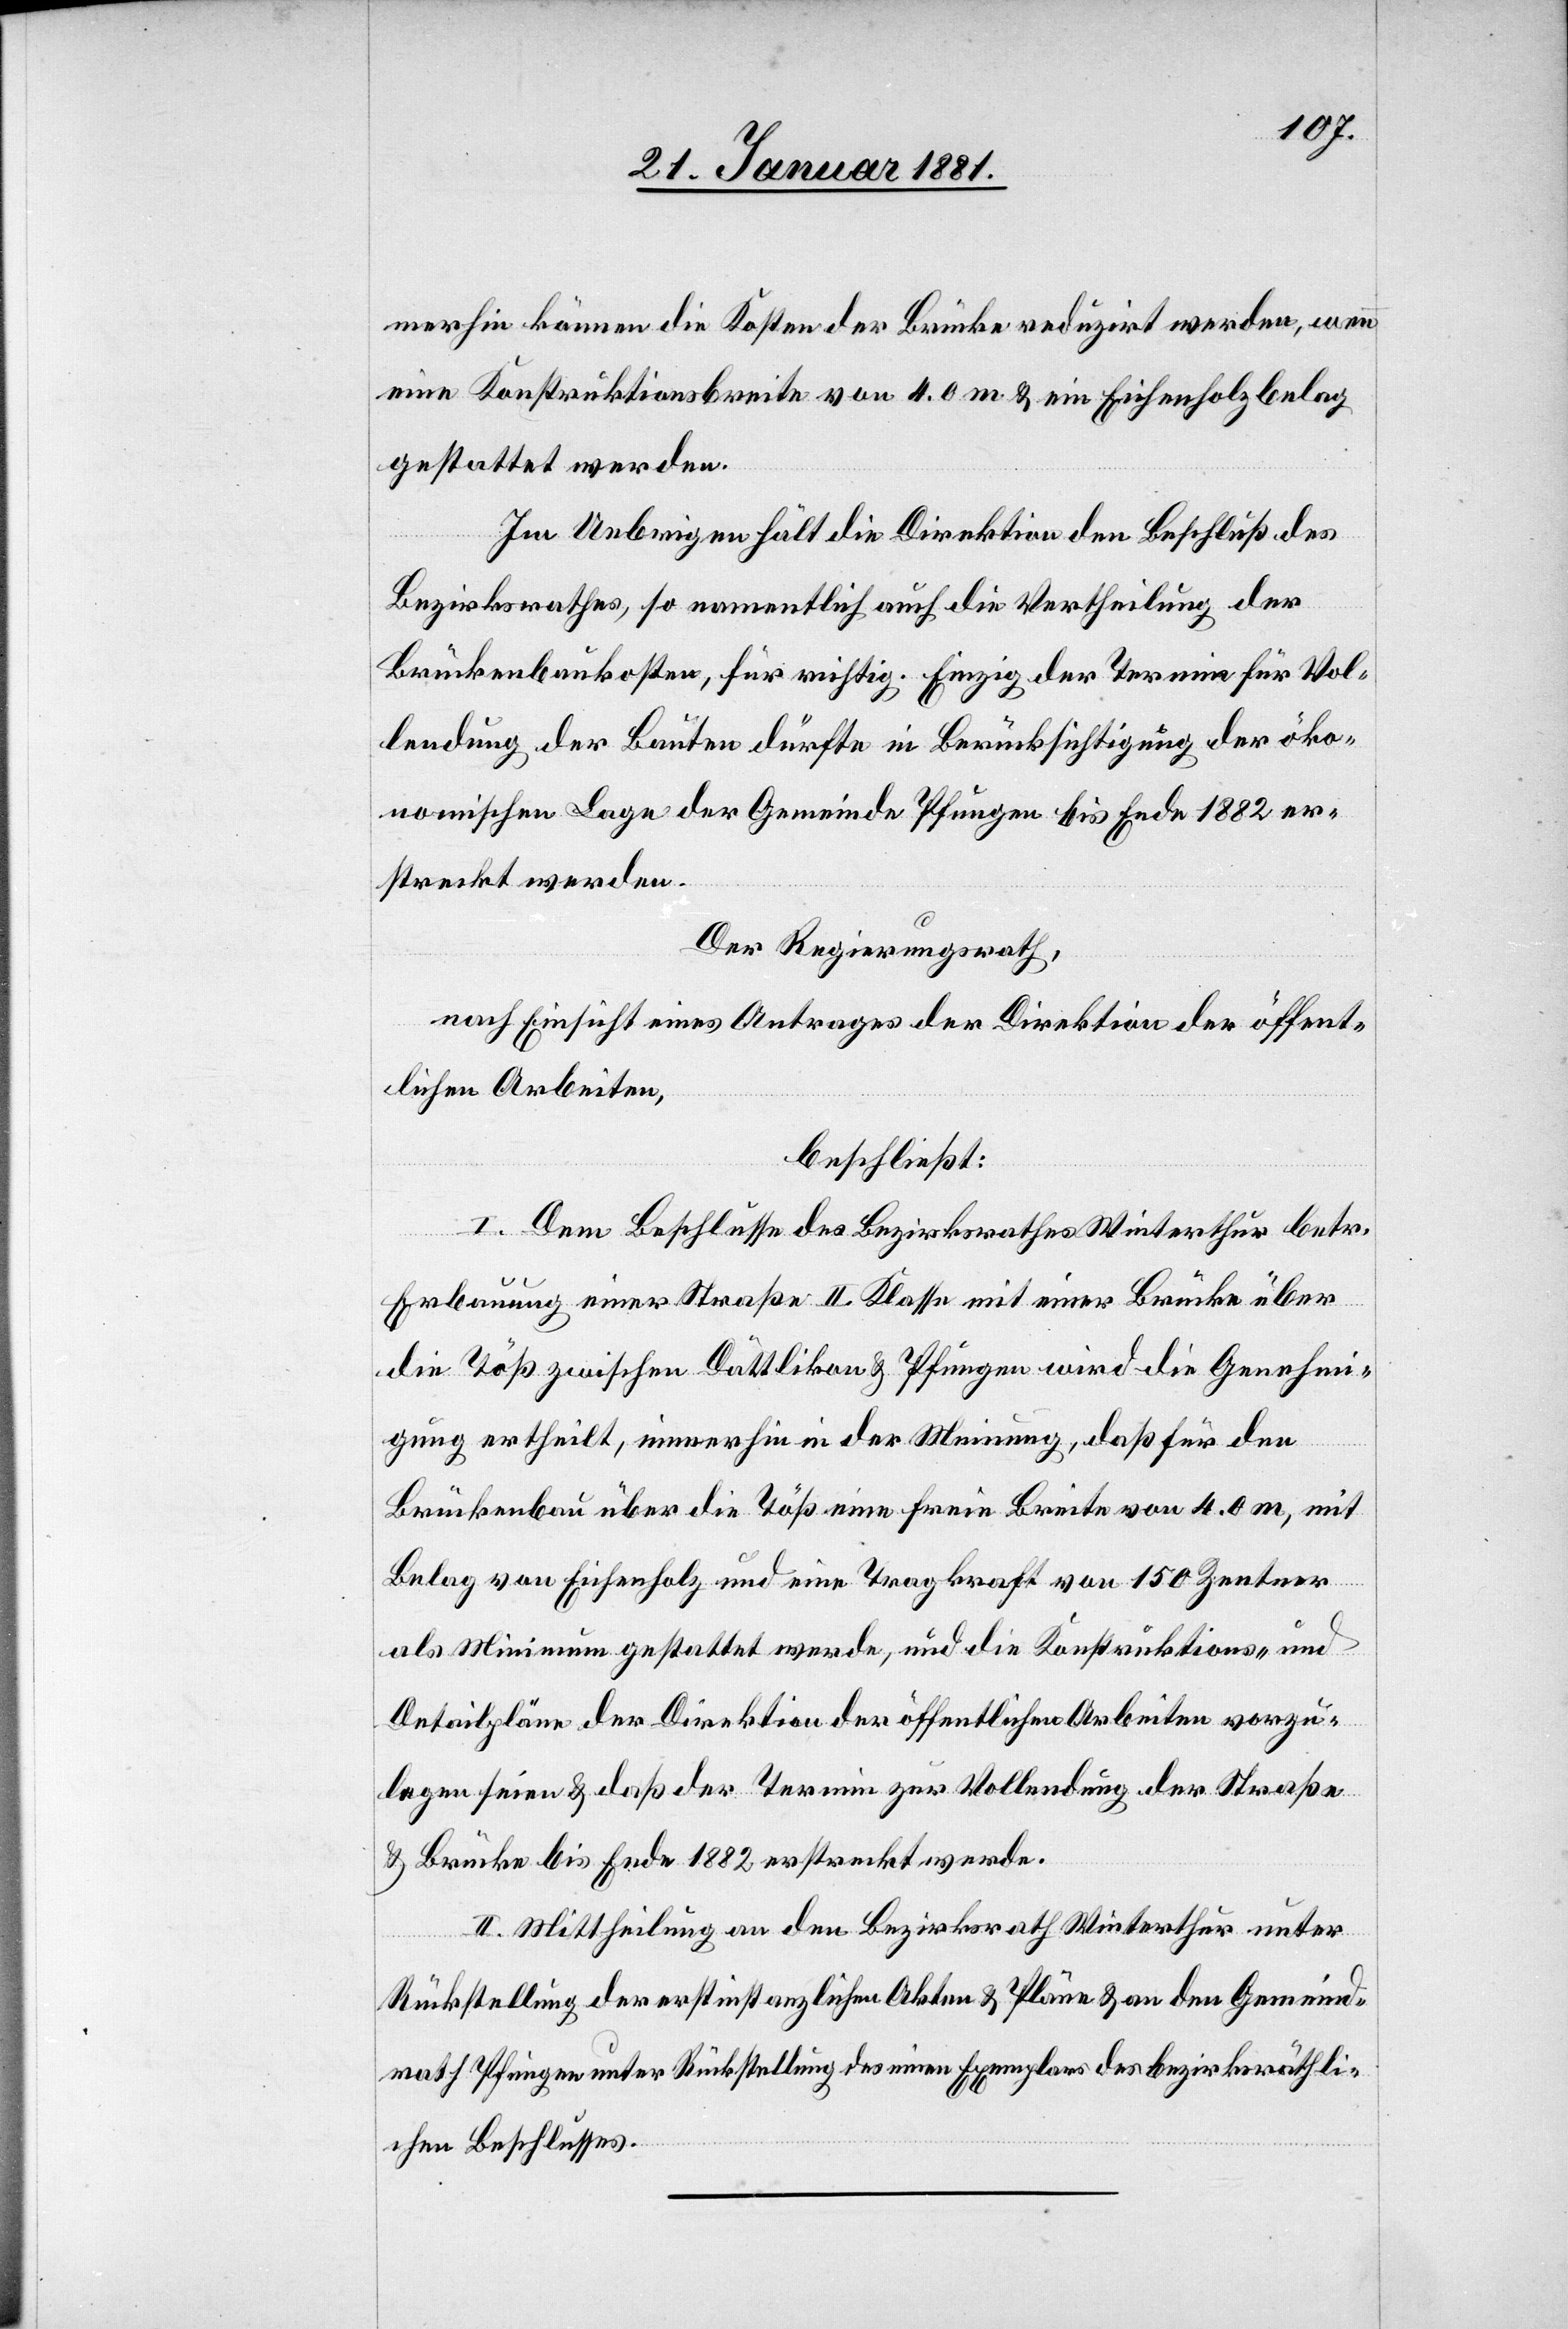
merhin können die Kosten der Brücke reduzirt werden, wenn
eine Konstruktionsbreite von 4,0 m & ein Eichenholzbelag
gestattet werden.
Im Uebrigen hält die Direktion den Beschluß des
Bezirksrathes, so namentlich auch die Vertheilung der
Brückenbaukosten, für richtig. Einzig der Termin für Vol¬
lendung der Bauten dürfte in Berücksichtigung der öko¬
nomischen Lage der Gemeinde Pfungen bis Ende 1882 er¬
streckt werden.
Der Regierungsrath,
nach Einsicht eines Antrages der Direktion der öffent¬
lichen Arbeiten,
beschließt:
I. Dem Beschlusse des Bezirksrathes Winterthur betr.
Erbauung einer Straße II. Klasse mit einer Brücke über
die Töß zwischen Dällikon & Pfungen wird die Genehmi¬
gung ertheilt, immerhin in der Meinung, daß für den
Brückenbau über die Töß eine freie Breite von 4,0 m, mit
Belag von Eichenholz und eine Tragkraft von 150 Zentner
als Minimum gestattet werde, und die Konstruktions- und
Detailpläne der Direktion der öffentlichen Arbeiten vorzu¬
legen seien & daß der Termin zur Vollendung der Straße
& Brücke bis Ende 1882 erstreckt werde.
II. Mittheilung an den Bezirksrath Winterthur unter
Rückstellung der erstinstanzlichen Akten & Pläne & an den Gemeind¬
rath Pfungen unter Rückstellung des einen Exemplars des bezirksräthli¬
chen Beschlusses.